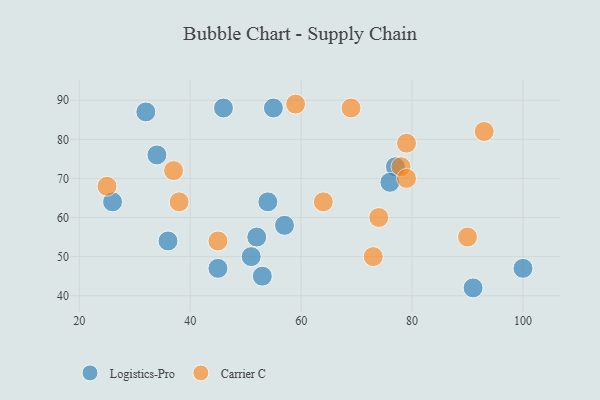
{"axis": {"x": "GDP", "y": "Life Expectancy"}, "legend": ["Carrier C", "Logistics-Pro"], "data": [{"x": "57", "y": 58, "type": "Logistics-Pro"}, {"x": "34", "y": 76, "type": "Logistics-Pro"}, {"x": "53", "y": 45, "type": "Logistics-Pro"}, {"x": "77", "y": 73, "type": "Logistics-Pro"}, {"x": "52", "y": 55, "type": "Logistics-Pro"}, {"x": "36", "y": 54, "type": "Logistics-Pro"}, {"x": "91", "y": 42, "type": "Logistics-Pro"}, {"x": "46", "y": 88, "type": "Logistics-Pro"}, {"x": "55", "y": 88, "type": "Logistics-Pro"}, {"x": "45", "y": 47, "type": "Logistics-Pro"}, {"x": "51", "y": 50, "type": "Logistics-Pro"}, {"x": "76", "y": 69, "type": "Logistics-Pro"}, {"x": "54", "y": 64, "type": "Logistics-Pro"}, {"x": "26", "y": 64, "type": "Logistics-Pro"}, {"x": "100", "y": 47, "type": "Logistics-Pro"}, {"x": "32", "y": 87, "type": "Logistics-Pro"}, {"x": "93", "y": 82, "type": "Carrier C"}, {"x": "79", "y": 79, "type": "Carrier C"}, {"x": "78", "y": 73, "type": "Carrier C"}, {"x": "73", "y": 50, "type": "Carrier C"}, {"x": "69", "y": 88, "type": "Carrier C"}, {"x": "25", "y": 68, "type": "Carrier C"}, {"x": "59", "y": 89, "type": "Carrier C"}, {"x": "79", "y": 70, "type": "Carrier C"}, {"x": "37", "y": 72, "type": "Carrier C"}, {"x": "38", "y": 64, "type": "Carrier C"}, {"x": "90", "y": 55, "type": "Carrier C"}, {"x": "64", "y": 64, "type": "Carrier C"}, {"x": "45", "y": 54, "type": "Carrier C"}, {"x": "74", "y": 60, "type": "Carrier C"}]}